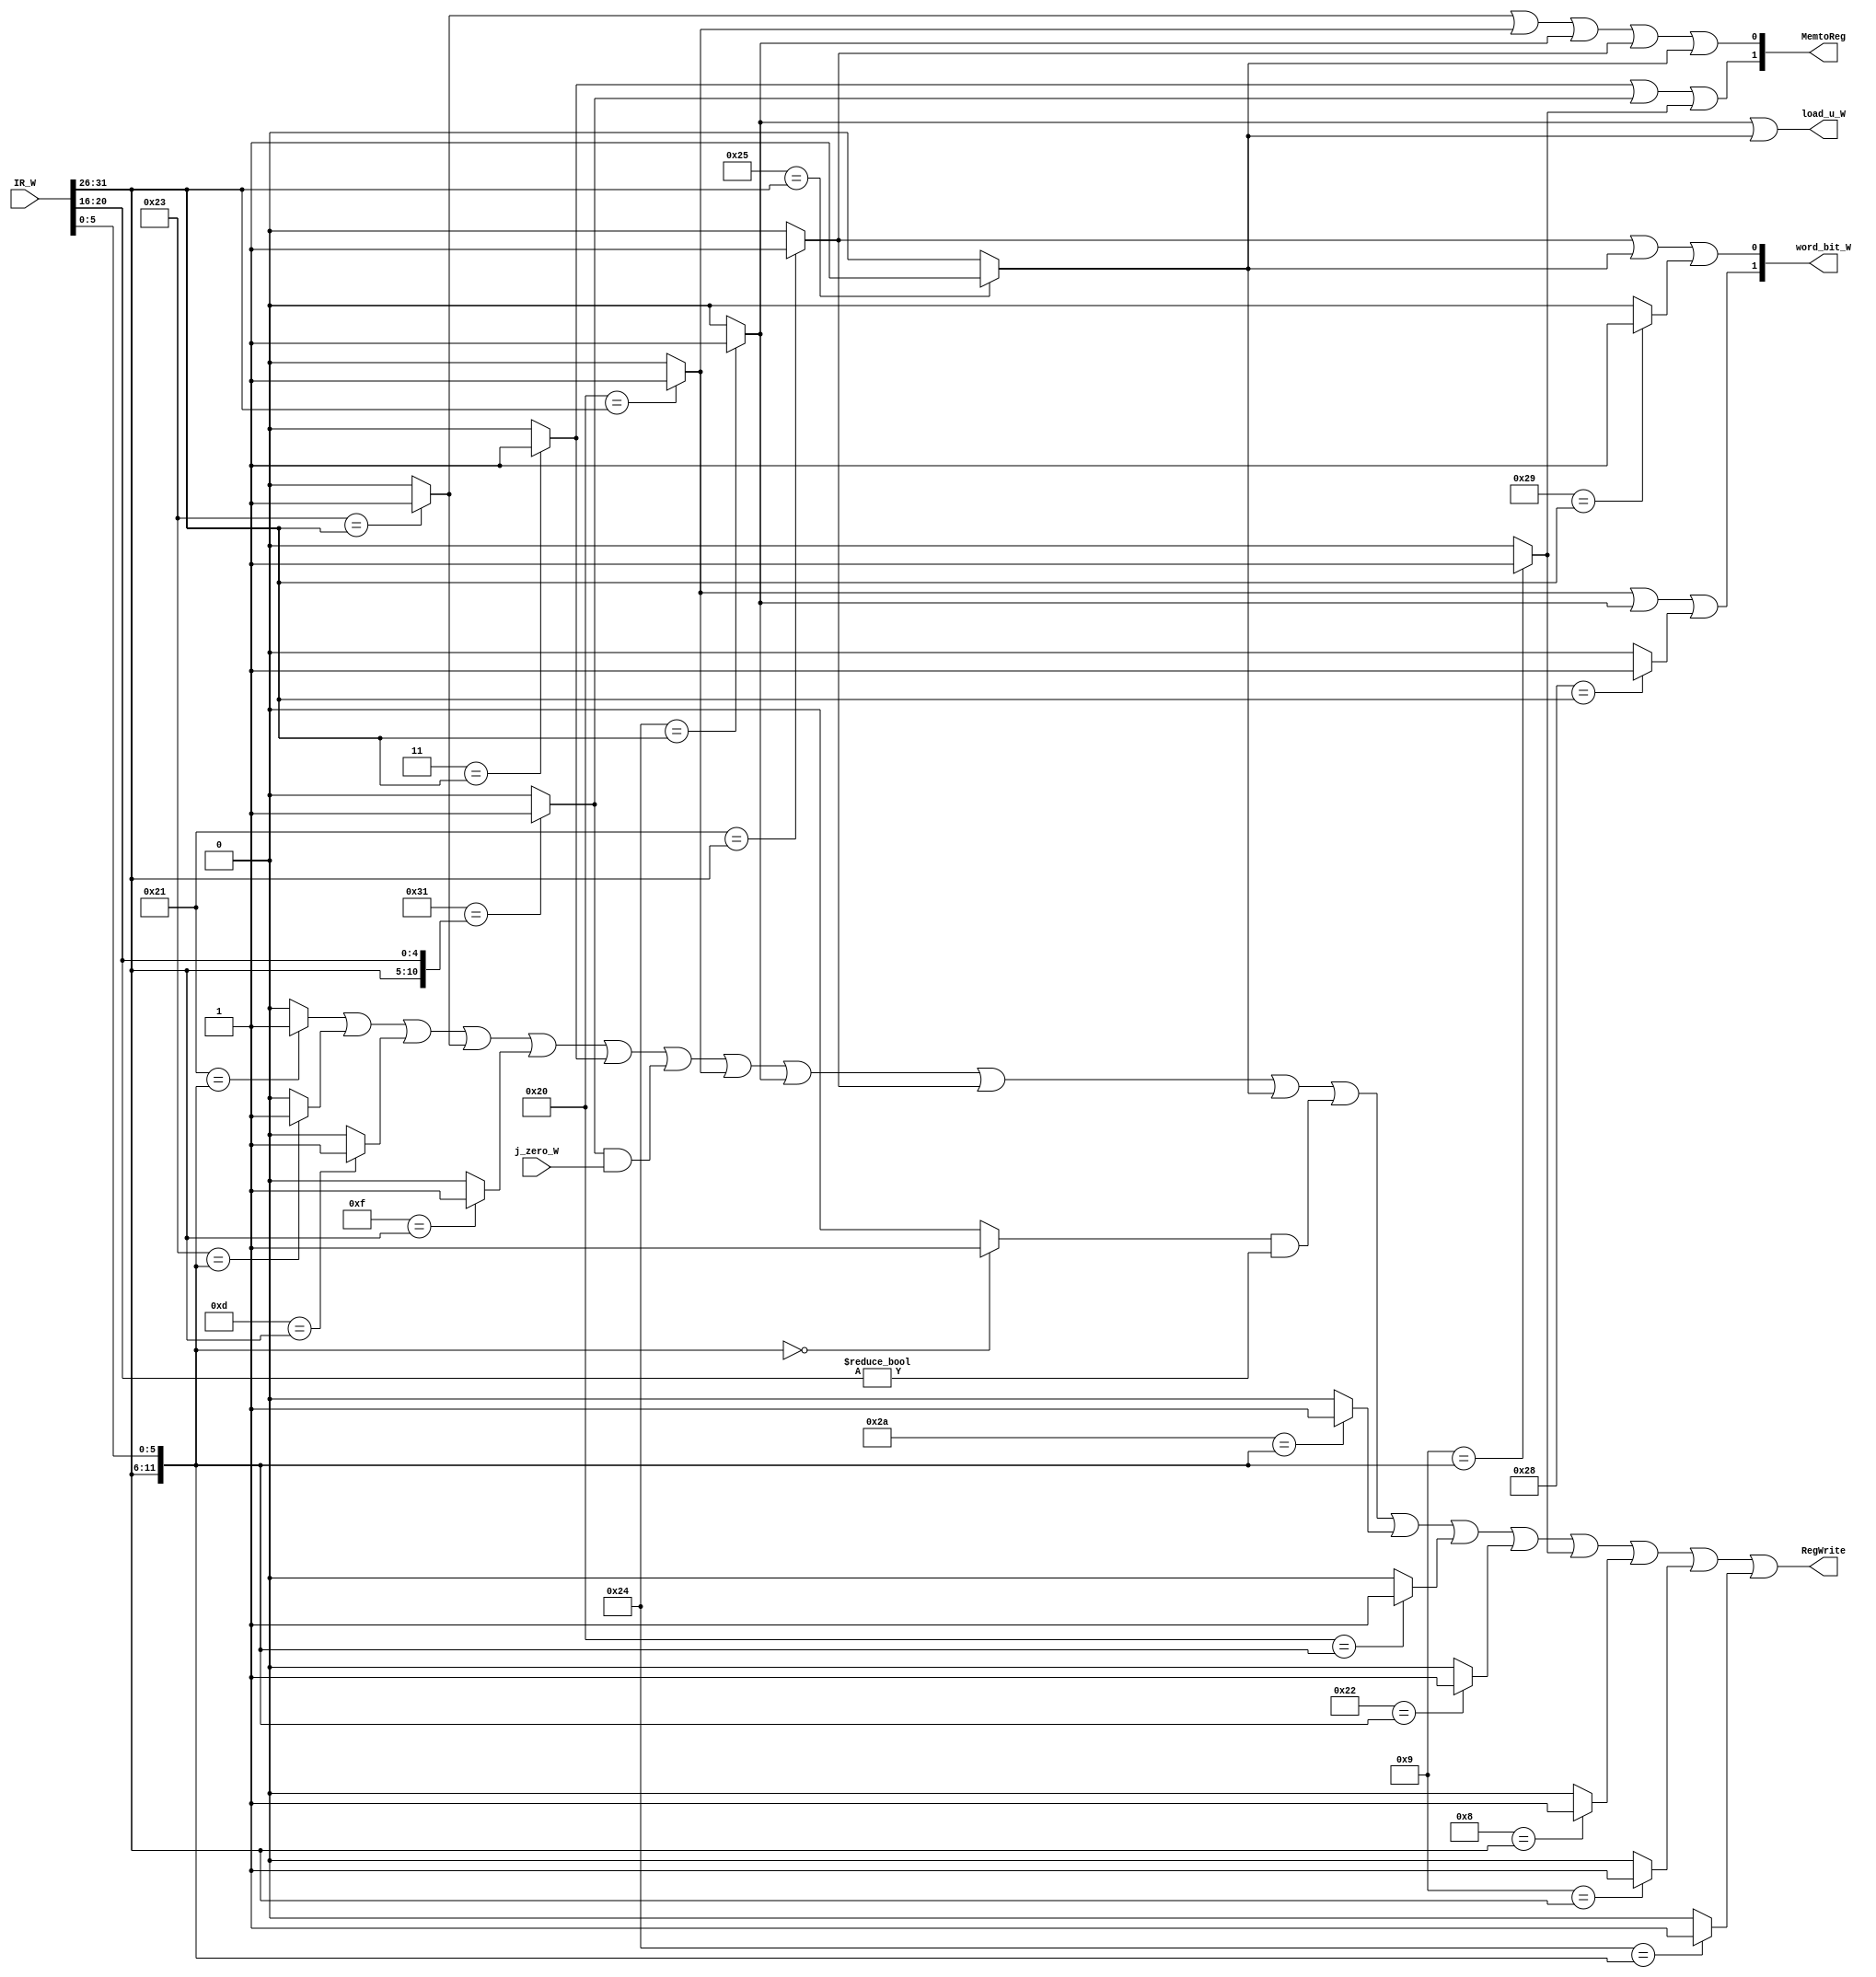
`timescale 1ns / 1ps
//////////////////////////////////////////////////////////////////////////////////
// Company: 
// Engineer: 
// 
// Design Name: 
// Module Name:    contr_W 
// Project Name: 
// Target Devices: 
// Tool versions: 
// Description: 
//
// Dependencies: 
//
// Revision: 
// Revision 0.01 - File Created
// Additional Comments: 
//
//////////////////////////////////////////////////////////////////////////////////
    `define ADDU 12'b000000100001
	 `define SUBU 12'b000000100011
	 `define ORI 6'b001101
	 `define LW 6'b100011
	 `define SW 6'b101011
	 `define BEQ 6'b000100
	 `define LUI 6'b001111
	 `define SLL 12'b000000000000
	 `define JAL 6'b000011
	 `define JR 12'b000000001000
	 `define J 6'b000010
	 //
	 `define BGEZAL 11'b00000110001
	 `define LB 6'b100000
	 `define LBU 6'b100100
	 `define LH 6'b100001
	 `define LHU 6'b100101
	 `define SB 6'b101000
	 `define SH 6'b101001
	 `define SLT 12'b000000101010
	 //P6
	 `define ADD 12'b000000100000
	 `define ADDI 6'b001000
	 `define ADDIU 6'b001001
	 `define AND 12'b000000100100
	 `define ANDI 6'b001100
	 `define BGEZ 11'b00000100001//rt
	 `define BGTZ 6'b000111
	 `define BLEZ 6'b000110
	 `define BLTZ 11'b00000100000
	 `define BNE 6'b000101
	 `define DIV 12'b000000011010
	 `define DIVU 12'b000000011011
	 `define JALR 12'b000000001001
	 `define MFHI 12'b000000010000
	 `define MFLO 12'b000000010010
	 `define MTHI 12'b000000010001
	 `define MTLO 12'b000000010011
	 `define MULT 12'b000000011000
	 `define MULTU 12'b000000011001
	 `define NOR 12'b000000100111
	 `define OR 12'b000000100101
	 `define SLLV 12'b000000000100
	 `define SLTI 6'b001010
	 `define SLTIU 6'b001011
	 `define SLTU 12'b000000101011
	 `define SRA 12'b000000000011
	 `define SRAV 12'b000000000111
	 `define SRL 12'b000000000010
	 `define SRLV 12'b000000000110
	 `define SUB 12'b000000100010
	 `define XOR 12'b000000100110
	 `define XORI 6'b001110
module contr_W(
    input [31:0] IR_W,
	 input j_zero_W,
	 output [1:0] word_bit_W,
	 output load_u_W,
    output [1:0] MemtoReg,
	 output RegWrite
    );
	 wire [5:0] opcode,func;
	 wire [4:0] rt;
	 wire addu_,subu_,ori_,lw_,sw_,beq_,lui_,jr_,jal_,j_,sll_,bgezal_,lb_,lbu_,lh_,lhu_,sb_,sh_,slt_;
	 wire add_,addi_,addiu_,and_,andi_,bgez_,bgtz_,blez_,bltz_,bne_,div_,divu_,jalr_,mfhi_,mflo_;
	 wire mthi_,mtlo_,mult_,multu_,nor_,or_,sllv_,slti_,sltiu_,sltu_,sra_,srav_,srl_,srlv_,sub_,xor_,xori_;
	 assign opcode = IR_W[31:26];
	 assign func = IR_W[5:0];
	 assign rt = IR_W[20:16];
	 //R
	 assign addu_ = (`ADDU=={opcode[5:0],func[5:0]})?1:0;
	 assign subu_ = (`SUBU=={opcode[5:0],func[5:0]})?1:0;
	 assign sll_ = (`SLL=={opcode[5:0],func[5:0]})?1:0;
	 assign jr_ = (`JR=={opcode[5:0],func[5:0]})?1:0;
	 //
	 assign ori_ = (`ORI=={opcode[5:0]})?1:0;
	 assign lw_ = (`LW=={opcode[5:0]})?1:0;
	 assign sw_ = (`SW=={opcode[5:0]})?1:0; 
    assign beq_ = (`BEQ=={opcode[5:0]})?1:0;	
    assign lui_ = (`LUI=={opcode[5:0]})?1:0;
    assign j_ = (`J=={opcode[5:0]})?1:0;	 
	 assign jal_ = (`JAL=={opcode[5:0]})?1:0;
	 //
	 assign bgezal_ = (`BGEZAL=={opcode[5:0],rt[4:0]})?1:0;
	 assign lb_ = (`LB=={opcode[5:0]})?1:0;
	 assign lbu_ = (`LBU=={opcode[5:0]})?1:0;
	 assign lh_ = (`LH=={opcode[5:0]})?1:0;
	 assign lhu_ = (`LHU=={opcode[5:0]})?1:0;
	 assign sb_ = (`SB=={opcode[5:0]})?1:0; 
	 assign sh_ = (`SH=={opcode[5:0]})?1:0; 
	 assign slt_ = (`SLT=={opcode[5:0],func[5:0]})?1:0;
	 //
	 assign add_ = (`ADD=={opcode[5:0],func[5:0]})?1:0;
	 assign addi_ = (`ADDI=={opcode[5:0]})?1:0;
	 assign addiu_ = (`ADDIU=={opcode[5:0]})?1:0;	 
	 assign and_ = (`AND=={opcode[5:0],func[5:0]})?1:0;
    assign andi_ = (`ANDI=={opcode[5:0]})?1:0;
	 assign bgez_ = (`BGEZ=={opcode[5:0],rt[4:0]})?1:0;
	 assign bgtz_ = (`BGTZ=={opcode[5:0]})?1:0;
	 assign blez_ = (`BLEZ=={opcode[5:0]})?1:0;
	 assign bltz_ = (`BLTZ=={opcode[5:0],rt[4:0]})?1:0;
	 assign bne_ = (`BNE=={opcode[5:0]})?1:0;
	 assign div_ = (`DIV=={opcode[5:0],func[5:0]})?1:0;
	 assign divu_ = (`DIVU=={opcode[5:0],func[5:0]})?1:0;
	 assign jalr_ = (`JALR=={opcode[5:0],func[5:0]})?1:0;
	 assign mfhi_ = (`MFHI=={opcode[5:0],func[5:0]})?1:0;
	 assign mflo_ = (`MFLO=={opcode[5:0],func[5:0]})?1:0;
	 assign mthi_ = (`MTHI=={opcode[5:0],func[5:0]})?1:0;
	 assign mtlo_ = (`MTLO=={opcode[5:0],func[5:0]})?1:0;
	 assign mult_ = (`MULT=={opcode[5:0],func[5:0]})?1:0;
	 assign multu_ = (`MULTU=={opcode[5:0],func[5:0]})?1:0;
	 assign nor_ = (`NOR=={opcode[5:0],func[5:0]})?1:0;
	 assign or_ = (`OR=={opcode[5:0],func[5:0]})?1:0;
	 assign sllv_ = (`SLLV=={opcode[5:0],func[5:0]})?1:0;
	 assign slti_ = (`SLTI=={opcode[5:0]})?1:0;
	 assign sltiu_ = (`SLTIU=={opcode[5:0]})?1:0;
	 assign sltu_ = (`SLTU=={opcode[5:0],func[5:0]})?1:0;
	 assign sra_ = (`SRA=={opcode[5:0],func[5:0]})?1:0;
	 assign srav_ = (`SRAV=={opcode[5:0],func[5:0]})?1:0;
	 assign srl_ = (`SRL=={opcode[5:0],func[5:0]})?1:0;
	 assign srlv_ = (`SRLV=={opcode[5:0],func[5:0]})?1:0;
	 assign sub_ = (`SUB=={opcode[5:0],func[5:0]})?1:0;
	 assign xor_ = (`XOR=={opcode[5:0],func[5:0]})?1:0;
	 assign xori_ = (`XORI=={opcode[5:0]})?1:0;
	 //
	 assign MemtoReg[1] = jal_||bgezal_||jalr_;
	 assign MemtoReg[0] = lw_||lb_||lbu_||lh_||lhu_;
	 assign RegWrite = addu_||subu_||ori_||lw_||lui_||jal_||(bgezal_&j_zero_W)||lb_||lbu_||lh_||lhu_||(sll_&(rt!=0))||slt_||add_||sub_||jalr_||addi_||addiu_||and_; //GPR
    assign load_u_W = lbu_||lhu_;
    assign word_bit_W[1] = lb_||lbu_||sb_;
	 assign word_bit_W[0] = lh_||lhu_||sh_;
endmodule